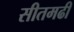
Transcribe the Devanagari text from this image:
सीतमढी